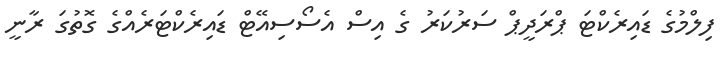
ފިލްމުގެ ޑައިރެކްޓަ ޕްރަދީޕް ސަރުކަރު ގެ އިސް އެސޯސިއޭޓް ޑައިރެކްޓަރެއްގެ ގޮތުގަ ރާނީ